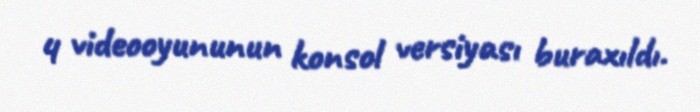
4 videooyununun konsol versiyası buraxıldı.